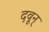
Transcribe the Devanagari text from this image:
दवून्